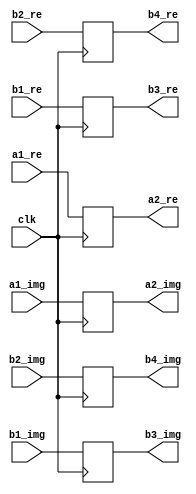
`timescale 1ns / 1ps
//////////////////////////////////////////////////////////////////////////////////
// Company: 
// Engineer: 
// 
// Design Name: 
// Module Name:    buf20 
// Project Name: 
// Target Devices: 
// Tool versions: 
// Description: 
//
// Dependencies: 
//
// Revision: 
// Revision 0.01 - File Created
// Additional Comments: 
//
//////////////////////////////////////////////////////////////////////////////////
module buf20(
    input [31:0] a1_re,
    input [31:0] b1_re,
	 input [31:0] b2_re,
    input [31:0] a1_img,
    input [31:0] b1_img,
	 input [31:0] b2_img,
    output reg [31:0] a2_re,
    output reg [31:0] b3_re,
	 output reg [31:0] b4_re,
    output reg [31:0] a2_img,
    output reg [31:0] b3_img,
	 output reg [31:0] b4_img,
    input clk
    );
always @(posedge clk) begin
a2_re<=a1_re;
a2_img<=a1_img;
b3_re<=b1_re;
b3_img<=b1_img;
b4_re<=b2_re;
b4_img<=b2_img;
end

endmodule